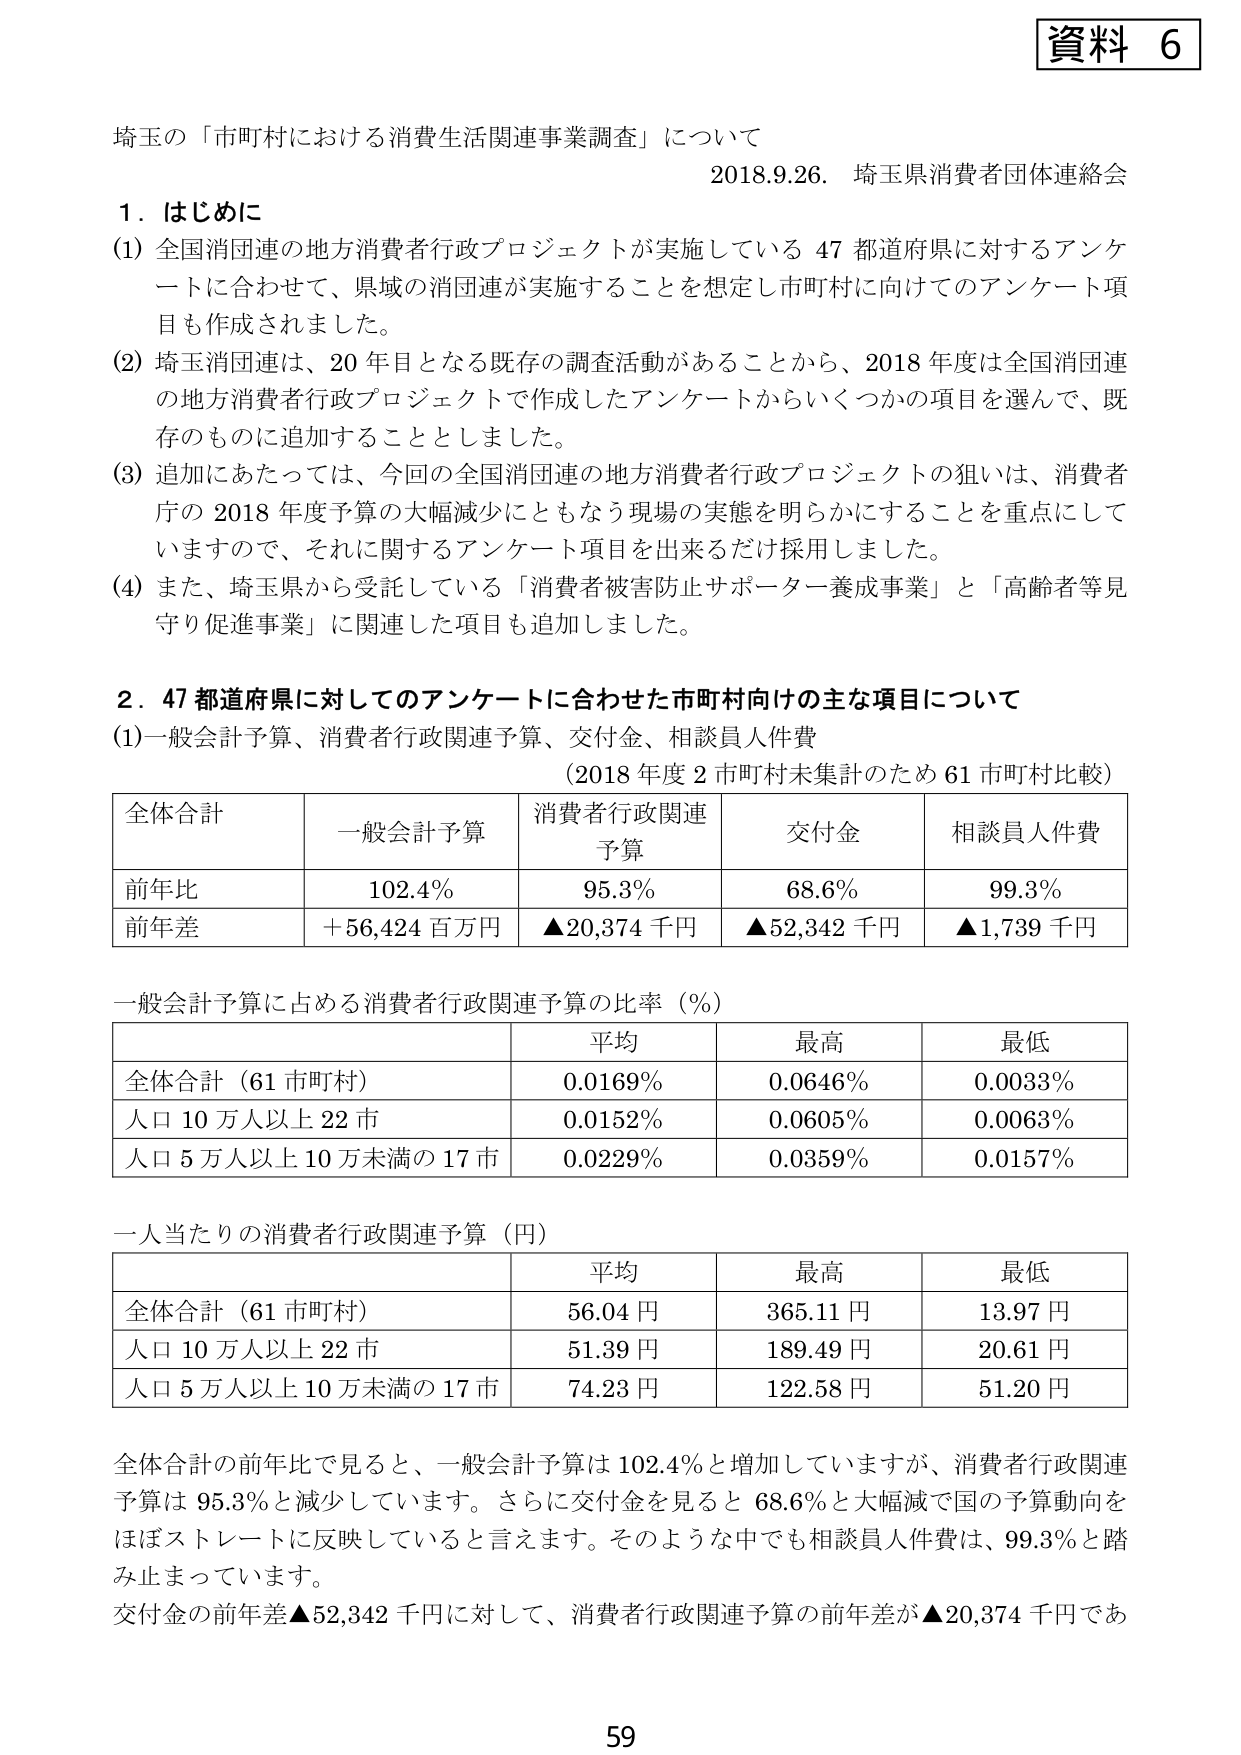
資料 6

埼玉の「市町村における消費生活関連事業調査」について
2018.9.26. 埼玉県消費者団体連絡会

1．はじめに
(1) 全国消団連の地方消費者行政プロジェクトが実施している 47 都道府県に対するアンケートに合わせて、県域の消団連が実施することを想定し市町村に向けてのアンケート項目も作成されました。
(2) 埼玉消団連は、20 年目となる既存の調査活動があることから、2018 年度は全国消団連の地方消費者行政プロジェクトで作成したアンケートからいくつかの項目を選んで、既存のものに追加することとしました。
(3) 追加にあたっては、今回の全国消団連の地方消費者行政プロジェクトの狙いは、消費者庁の 2018 年度予算の大幅減少にともなう現場の実態を明らかにすることを重点にしていますので、それに関するアンケート項目を出来るだけ採用しました。
(4) また、埼玉県から受託している「消費者被害防止サポーター養成事業」と「高齢者等見守り促進事業」に関連した項目も追加しました。

2．47 都道府県に対してのアンケートに合わせた市町村向けの主な項目について
(1) 一般会計予算、消費者行政関連予算、交付金、相談員人件費
（2018 年度 2 市町村未集計のため 61 市町村比較）

全体合計　一般会計予算　消費者行政関連予算　交付金　相談員人件費
前年比　　　102.4%　　　　95.3%　　　　　68.6%　　　　99.3%
前年差　　　＋56,424 百万円　▲20,374 千円　　▲52,342 千円　▲1,739 千円

一般会計予算に占める消費者行政関連予算の比率（%）

　　　　　　　　　　　平均　　　最高　　　最低
全体合計（61 市町村）　0.0169%　　0.0646%　　0.0033%
人口 10 万人以上 22 市　0.0152%　　0.0605%　　0.0063%
人口 5 万人以上 10 万未満の 17 市　0.0229%　　0.0359%　　0.0157%

一人当たりの消費者行政関連予算（円）

　　　　　　　　　　　平均　　　最高　　　最低
全体合計（61 市町村）　56.04 円　　365.11 円　　13.97 円
人口 10 万人以上 22 市　51.39 円　　189.49 円　　20.61 円
人口 5 万人以上 10 万未満の 17 市　74.23 円　　122.58 円　　51.20 円

全体合計の前年比で見ると、一般会計予算は 102.4% と増加していますが、消費者行政関連予算は 95.3% と減少しています。さらに交付金を見ると 68.6% と大幅減で国の予算動向をほぼストレートに反映していると言えます。そのような中でも相談員人件費は、99.3% と踏み止まっています。
交付金の前年差▲52,342 千円に対して、消費者行政関連予算の前年差が▲20,374 千円であ

59